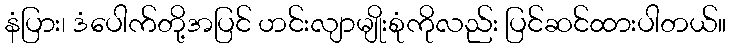
နံပြား၊ ဒံပေါက်တို့အပြင် ဟင်းလျာမျိုးစုံကိုလည်း ပြင်ဆင်ထားပါတယ်။